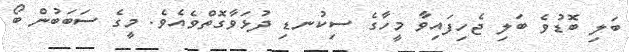
ބަލި ބޮޑުވެ ބަލި ޖެހިފައިވާ މީހާގެ ސިކުނޑި ދުޅަވާގޮތްވެއެވެ. މީގެ ސަބަބުން ބޯ